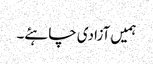
ہمیں آزادی چاہئے۔